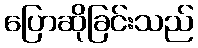
ပြောဆိုခြင်းသည်